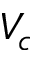
V _ { c }